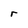
Character: r